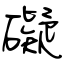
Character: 礙